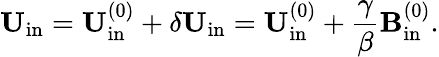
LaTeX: {\mathbf{U}}_{\mathrm{{in}}}={\mathbf{U}}_{\mathrm{{in}}}^{(0)}+\delta{\mathbf{U}}_{\mathrm{{in}}}={\mathbf{U}}_{\mathrm{{in}}}^{(0)}+\frac{\gamma}{\beta}{\mathbf{B}}_{\mathrm{{in}}}^{(0)}.